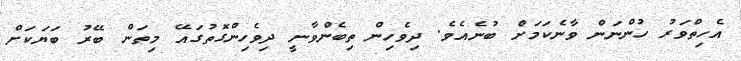
އެހިތްވަރު ހުންނަން ވާނެކަމަށް ބުނެއެވެ. ދިވެހިން ތިބެންވާނީ ދިވެހިންގޮތުގައޭ މިތަން ބޭރު ބަޔަކަށް